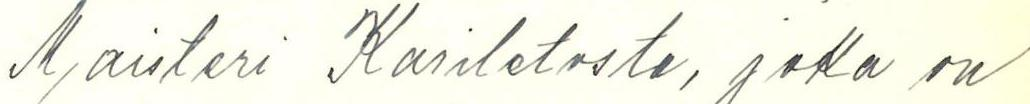
Maisteri Kariletosta, joka on